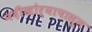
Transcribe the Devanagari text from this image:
नदीखोर्‍यापासून